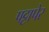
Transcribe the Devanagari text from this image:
पट्टापेर